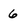
Character: 6